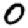
Digit: 0